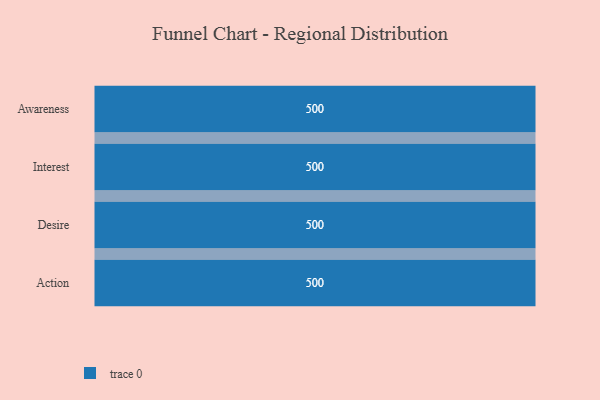
{"axis": {"x": "Stage", "y": "Value"}, "legend": [""], "data": [{"x": "Awareness", "y": 500, "type": ""}, {"x": "Interest", "y": 500, "type": ""}, {"x": "Desire", "y": 500, "type": ""}, {"x": "Action", "y": 500, "type": ""}]}